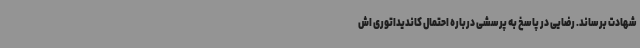
شهادت برساند. رضایی در پاسخ به پرسشی درباره احتمال کاندیداتوری اش